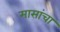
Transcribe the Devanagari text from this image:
मासांचा